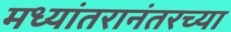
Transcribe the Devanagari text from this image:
मध्यांतरानंतरच्या